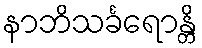
နာဘိသင်္ခရောန္တိ